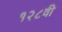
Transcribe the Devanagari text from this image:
१२८वी